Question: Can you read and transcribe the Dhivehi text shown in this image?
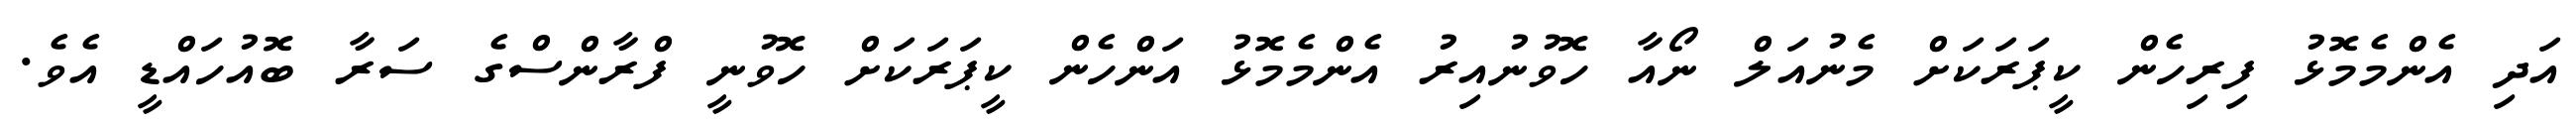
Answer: އަދި އެންމެމޮޅު ފިރިހެން ކީޕަރަކަށް މެނުއަލް ނޯއާ ހޮވުނުއިރު އެންމެމޮޅު އަންހެން ކީޕަރަކަށް ހޮވުނީ ފްރާންސްގެ ސަރާ ބޮއުހައްޑީ އެވެ.